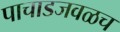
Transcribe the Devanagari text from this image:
पाचाडजवळच